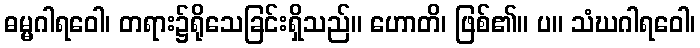
ဓမ္မဂါရဝေါ၊ တရား၌ရိုသေခြင်းရှိသည်။ ဟောတိ၊ ဖြစ်၏။ ပ။ သံဃဂါရဝေါ၊